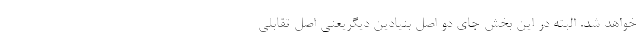
خواهد شد. البته در این بخش جای دو اصل بنیادین دیگریعنی اصل تقابلی